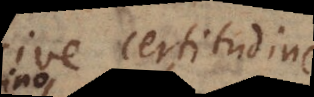
sive certitudin